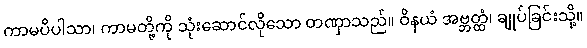
ကာမပိပါသာ၊ ကာမတို့ကို သုံးဆောင်လိုသော တဏှာသည်။ ဝိနယံ အဗ္ဘတ္ထံ၊ ချုပ်ခြင်းသို့။